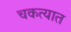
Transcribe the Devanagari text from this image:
चकत्यात